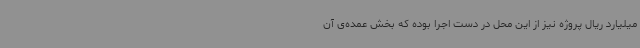
میلیارد ریال پروژه نیز از این محل در دست اجرا بوده که بخش عمده‌ی آن